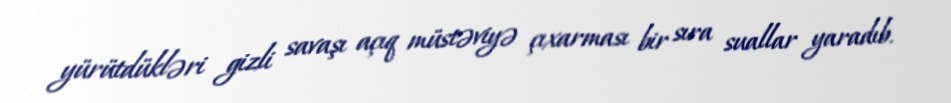
yürütdükləri gizli savaşı açıq müstəviyə çıxarması bir sıra suallar yaradıb.